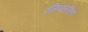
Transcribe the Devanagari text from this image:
वसिष्ठसंहिता